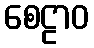
စေဠာဝ